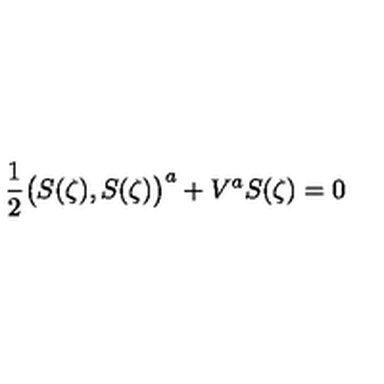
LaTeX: \mathrm { \frac { 1 } { 2 } } \bigr ( S ( \zeta ) , S ( \zeta ) \bigr ) ^ { a } + V ^ { a } S ( \zeta ) = 0